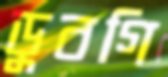
ডুবগি